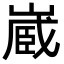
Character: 𭗉